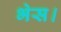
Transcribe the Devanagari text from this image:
भेस।